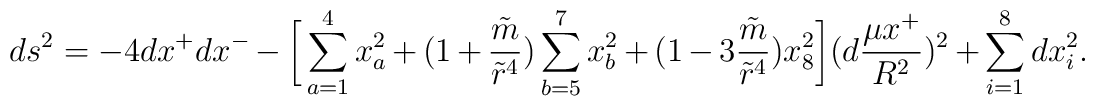
ds^2=-4dx^+dx^- -\bigg[\sum\limits_{a=1}^4x_a^2 +(1+{\tilde m\over {\tilde r}^4})\sum\limits_{b=5}^7 x_b^2 + (1-3{\tilde m\over {\tilde r}^4})x_8^2\bigg](d{{\mu x^+} \over R^2} )^2+ \sum\limits_{i=1}^8dx_i^2.